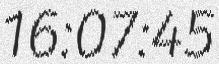
16:07:45